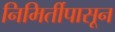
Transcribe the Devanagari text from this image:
निमिर्तीपासून